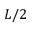
L / 2